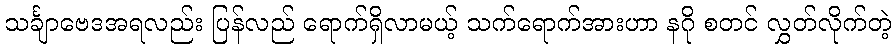
သင်္ချာဗေဒအရလည်း ပြန်လည် ရောက်ရှိလာမယ့် သက်ရောက်အားဟာ နဂို စတင် လွှတ်လိုက်တဲ့